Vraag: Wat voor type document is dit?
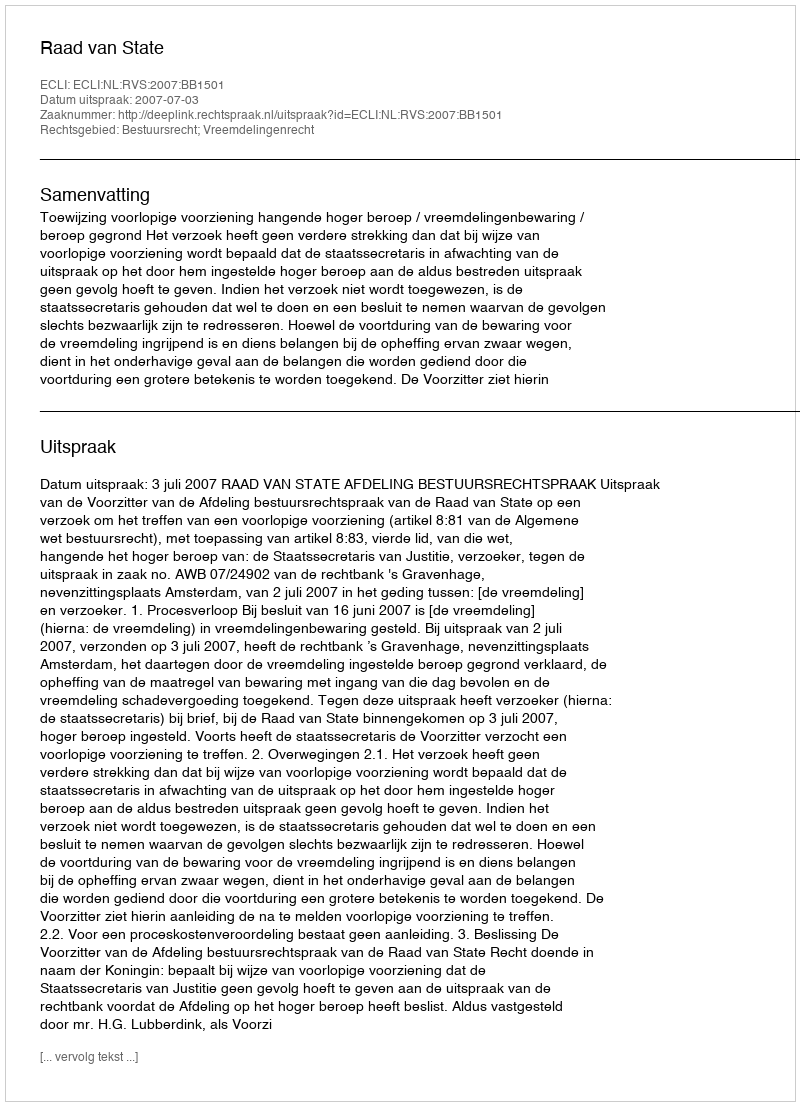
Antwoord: Uitspraak